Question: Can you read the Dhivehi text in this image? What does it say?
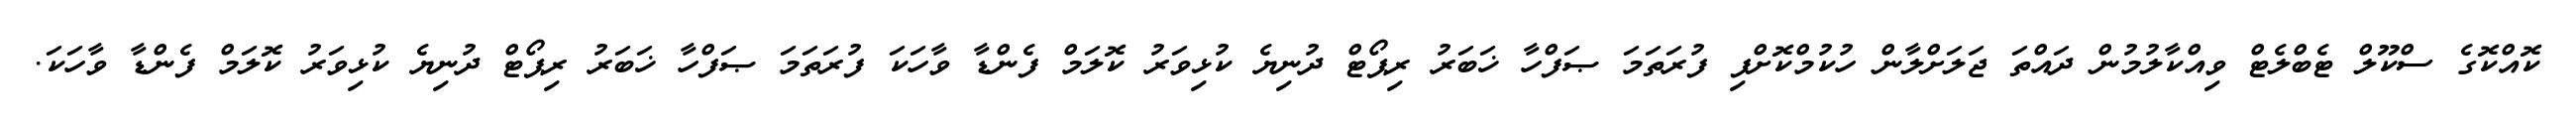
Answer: ކޮއްކޮގެ ސްކޫލް ޓެބްލެޓް ވިއްކާލުމުން ދައްތަ ޖަލަށްލާން ހުކުމްކޮށްފި ފުރަތަމަ ޞަފްހާ ޚަބަރު ރިޕޯޓް ދުނިޔެ ކުޅިވަރު ކޮލަމް ފެންޑާ ވާހަކަ ފުރަތަމަ ޞަފްހާ ޚަބަރު ރިޕޯޓް ދުނިޔެ ކުޅިވަރު ކޮލަމް ފެންޑާ ވާހަކަ.